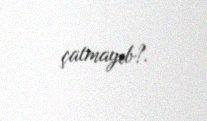
çatmayıb?.